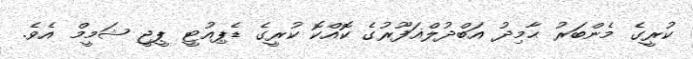
ކުރީގެ މެންބަރު ޙާމިދު އަބްދުލްޣަފޫރުގެ ކޮއްކޮ ކުރީގެ ޑެޕިއުޓީ ޕީޖީ ޝަމީމް އެވެ.